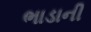
ભાડાની